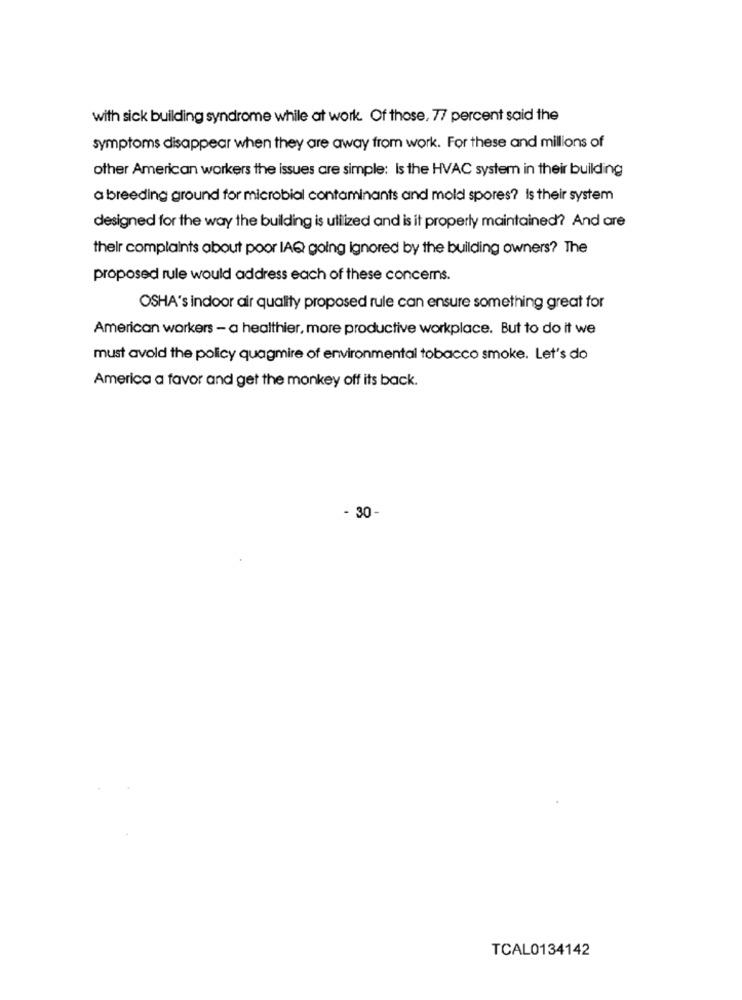
with sick building syndrome while at work. Of those, 77 percent said the
symptoms disappear when they are away from work. For these and millions of
other American workers the issues are simple: Is the HVAC system in their building
a breeding ground for microbial contaminants and mold spores? Is their system
designed for the way the building is utilized and is it properly maintained? And are
their complaints about poor IAQ going ignored by the building owners? The
proposed rule would address each of these concerns.
OSHA's indoor air quality proposed rule can ensure something great for
American workers - a healthier, more productive workplace. But to do it we
must avold the policy quagmire of environmental tobacco smoke. Let's do
America a favor and get the monkey off its back.
- 30-
TCAL0134142